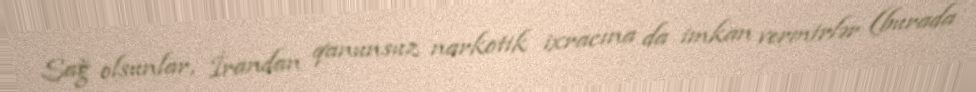
Sağ olsunlar, İrandan qanunsuz narkotik ixracına da imkan vermirlər (burada